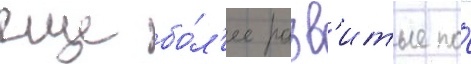
еще бо́л'ее разв'итые по́